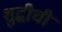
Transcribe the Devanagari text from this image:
शुद्धीची